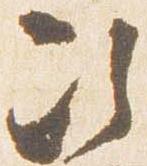
次